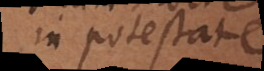
in potestate: